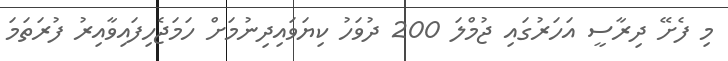
މި ފެށޭ ދިރާސީ އަހަރުގައި ޖުމްލަ 200 ދުވަހު ކިޔަވައިދިނުމަށް ހަމަޖެހިފައިވާއިރު ފުރަތަމަ